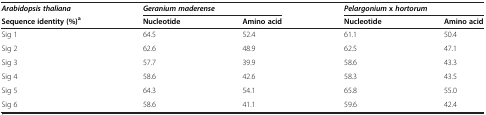
<table><thead><tr><td><b><i>Arabidopsis thaliana</i></b></td><td colspan="2"><b><i>Geranium maderense</i></b></td><td colspan="2"><b><i>Pelargonium </i>x <i>hortorum</i></b></td></tr><tr><td><b>Sequence identity (%)<sup>a</sup></b></td><td><b>Nucleotide</b></td><td><b>Amino acid</b></td><td><b>Nucleotide</b></td><td><b>Amino acid</b></td></tr></thead><tbody><tr><td>Sig 1</td><td>64.5</td><td>52.4</td><td>61.1</td><td>50.4</td></tr><tr><td>Sig 2</td><td>62.6</td><td>48.9</td><td>62.5</td><td>47.1</td></tr><tr><td>Sig 3</td><td>57.7</td><td>39.9</td><td>58.6</td><td>43.3</td></tr><tr><td>Sig 4</td><td>58.6</td><td>42.6</td><td>58.3</td><td>43.5</td></tr><tr><td>Sig 5</td><td>64.3</td><td>54.1</td><td>65.8</td><td>55.0</td></tr><tr><td>Sig 6</td><td>58.6</td><td>41.1</td><td>59.6</td><td>42.4</td></tr></tbody></table>